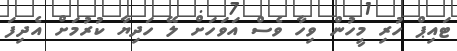
ޓައިޕް ހުރި މީހުން ވިހާ ވެސް އަވަހަށް ލޭ ހަދިޔާ ކުރުމަށް އެދިފަ